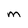
Character: m